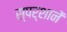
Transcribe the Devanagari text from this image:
स्पर्शानें